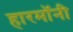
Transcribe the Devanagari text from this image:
हारमॉनी